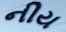
નીય